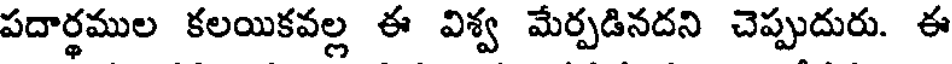
పదార్థముల కలయికవల్ల ఈ విశ్వ మేర్పడినదని చెప్పుదురు. ఈ